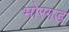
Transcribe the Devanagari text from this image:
भोरगड